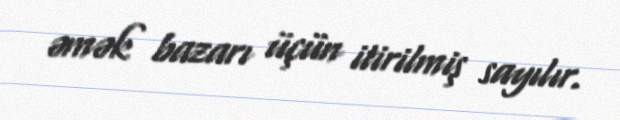
əmək bazarı üçün itirilmiş sayılır.